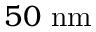
5 0 ~ \mathrm { n m }